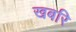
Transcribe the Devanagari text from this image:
खबरि